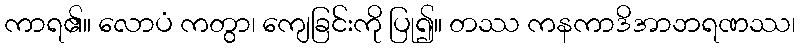
ကာရ၏။ လောပံ ကတွာ၊ ကျေခြင်းကို ပြု၍။ တဿ ကနကာဒိအာဘရဏဿ၊